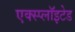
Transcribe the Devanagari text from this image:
एक्स्प्लाॅइटेड